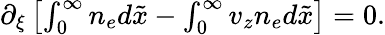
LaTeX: \begin{array}{r}{\partial_{\xi}\left[\int_{0}^{\infty}n_{e}d\tilde{x}-\int_{0}^{\infty}v_{z}n_{e}d\tilde{x}\right]=0.}\end{array}